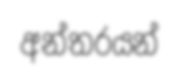
අන්තරයන්